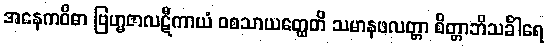
အနေကဝိဓာ ဗြဟ္မဇာလဋီကာယံ ဝစသာယတ္ထေတိ သမာနဖလတ္တာ စိတ္တာဘိသင်္ခါရေ